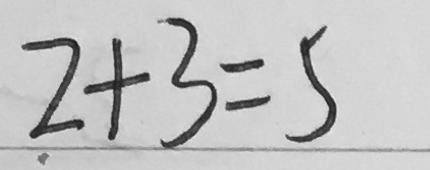
2 + 3 = 5